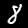
Label: 8